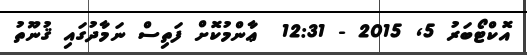
އޮކްޓޯބަރު 5